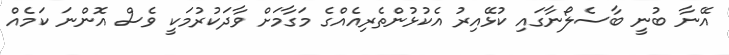
އޭނާ ބުނީ ބާސެލޯނާގައި ކުޅޭއިރު އެކުޅުންތެރިއެއްގެ މަގާމަށް ވާދަކުރުމަކީ ވެސް އޮންނަ ކަމެއް